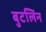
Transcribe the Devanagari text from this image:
बुटलिन